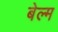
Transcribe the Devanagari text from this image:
बेल्म